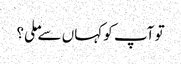
تو آپ کو کہاں سے ملی؟